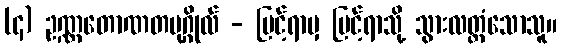
(၄) ဥဏ္ဏတောဏတပုဂ္ဂိုလ် - မြင့်ရာမှ မြင့်ရာသို့ သွားလတ္တံသောသူ။